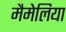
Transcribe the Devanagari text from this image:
मैमेलिया